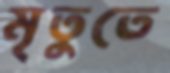
মৃতুতে